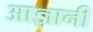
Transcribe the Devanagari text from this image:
आज्ञानी